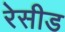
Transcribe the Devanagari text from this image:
रेसीड